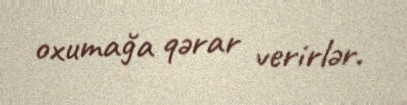
oxumağa qərar verirlər.